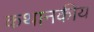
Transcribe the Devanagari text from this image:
कथानकीय